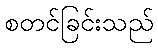
စတင်ခြင်းသည်